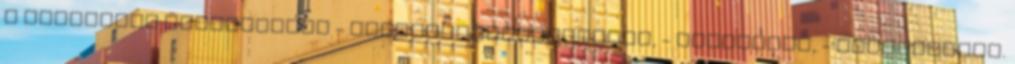
a szabadidő eltöltésére - gyermekfoglalkoztató, - játszótér, - kiskönyvtár.